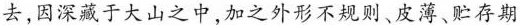
去，因深藏于大山之中，加之外形不规则、皮薄、贮存期